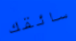
سائقك